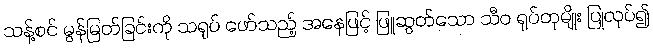
သန့်စင် မွန်မြတ်ခြင်းကို သရုပ် ဖော်သည့် အနေဖြင့် ဖြူဆွတ်သော သီဝ ရုပ်တုမျိုး ပြုလုပ်၍